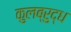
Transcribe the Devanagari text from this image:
कुलब्रुद्ध